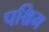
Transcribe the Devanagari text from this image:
पश्चिम